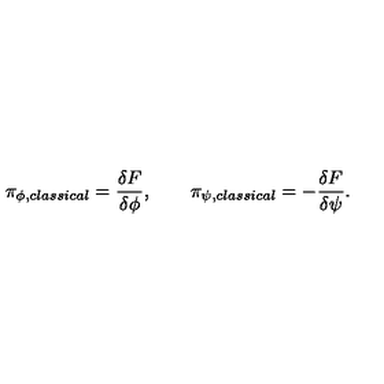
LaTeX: \pi _ { \phi , c l a s s i c a l } = { \frac { \delta F } { \delta \phi } } , \qquad \pi _ { \psi , c l a s s i c a l } = - { \frac { \delta F } { \delta \psi } } .